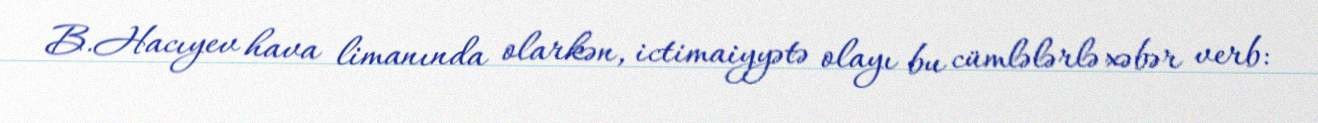
B.Hacıyev hava limanında olarkən, ictimaiyyətə olayı bu cümlələrlə xəbər verb: